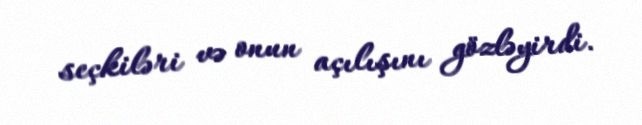
seçkiləri və onun açılışını gözləyirdi.